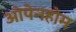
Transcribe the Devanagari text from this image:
ओपेनहोम